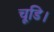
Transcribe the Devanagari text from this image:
चूडि।